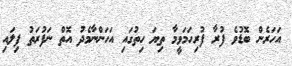
އަހަރެން ބޮޑުވެ ފުރާ ފުރިހަމަވީމާ ތިޔަ ހިތުގައި އަހަންނާމެދު އޮތް ނަފުރަތު ފިލައި